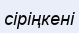
сіріңкені